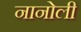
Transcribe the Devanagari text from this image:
नानोली